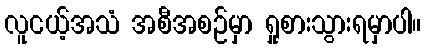
လူငယ့်အသံ အစီအစဉ်မှာ ရှုစားသွားရမှာပါ။